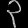
Digit: ၃